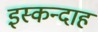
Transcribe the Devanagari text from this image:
इस्कन्दाह